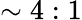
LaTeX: \sim 4:1